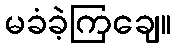
မခံခဲ့ကြချေ။